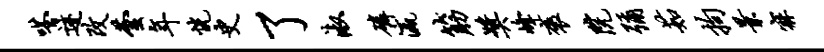
嗒迹改芸年恍史了淑磷瀛筋奖峰褒院弥茹拘景寐